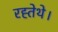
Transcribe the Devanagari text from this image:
रह्तेथे।